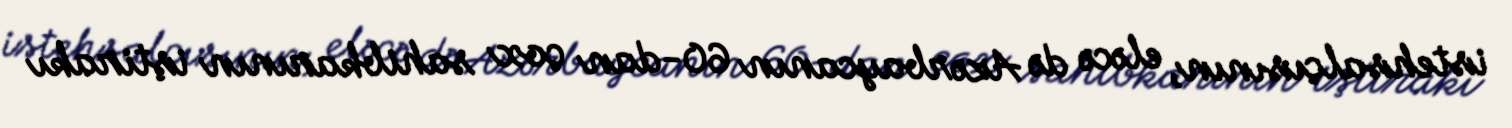
istehsalçısının, eləcə də Azərbaycanın 60-dan çox sahibkarının iştirakı